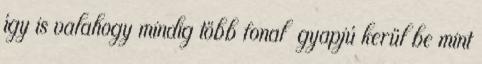
így is valahogy mindig több fonal gyapjú kerül be mint